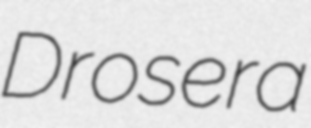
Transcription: Drosera